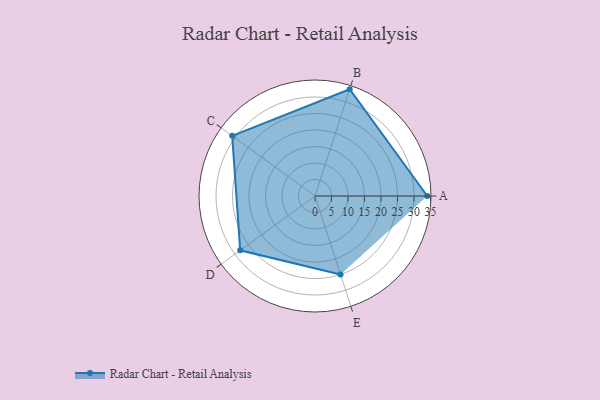
{"axis": {"x": "Skill", "y": "Score"}, "legend": ["Profile"], "data": [{"x": "A", "y": 34.0, "type": "Profile"}, {"x": "B", "y": 34.0, "type": "Profile"}, {"x": "C", "y": 31.0, "type": "Profile"}, {"x": "D", "y": 28.0, "type": "Profile"}, {"x": "E", "y": 25.0, "type": "Profile"}]}